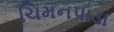
ચિમનપાડા